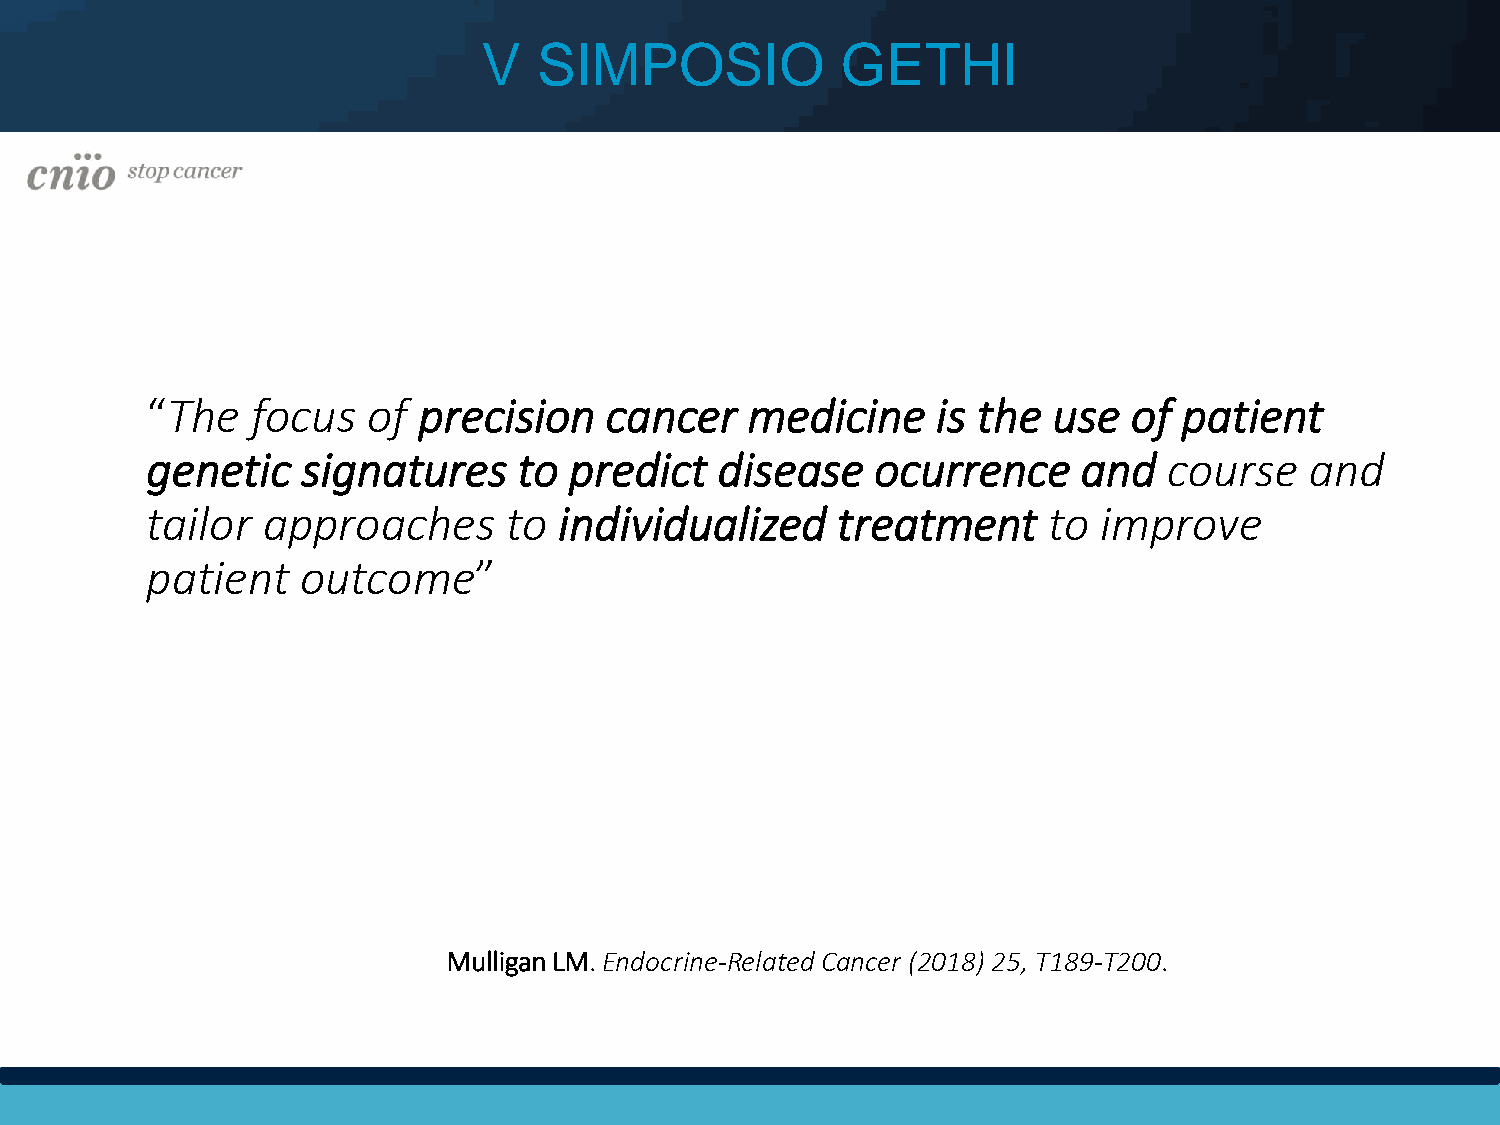
V   SIMPOSIO            GETHI
 “The   focus  of  precision   cancer   medicine     is the  use  of patient
 genetic   signatures    to  predict   disease   ocurrence     and  course    and
 tailor approaches      to  individualized    treatment     to  improve
 patient   outcome”
 Mulligan LM. Endocrine-Related Cancer (2018) 25, T189-T200.